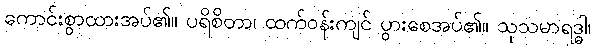
ကောင်းစွာထားအပ်၏။ ပရိစိတာ၊ ထက်ဝန်းကျင် ပွားစေအပ်၏။ သုသမာရဒ္ဓါ၊